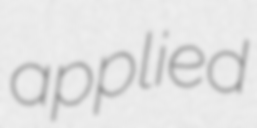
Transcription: applied